Source: Handwritten
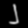
Digit: ၂ (2)